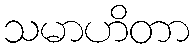
သမာဟိတာ